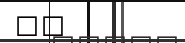
٤٥